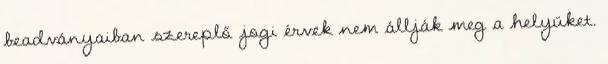
beadványaiban szereplő jogi érvek nem állják meg a helyüket.